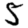
Digit: 5